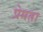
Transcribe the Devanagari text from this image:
प्रेमता